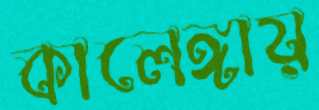
কালেঙ্গায়